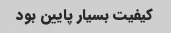
کیفیت بسیار پایین بود